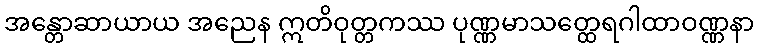
အန္တောဆာယာယ အညေန ဣတိဝုတ္တကဿ ပုဏ္ဏမာသတ္ထေရဂါထာဝဏ္ဏနာ